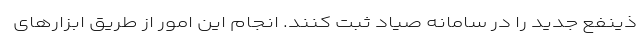
ذینفع جدید را در سامانه صیاد ثبت کنند. انجام این امور از طریق ابزارهای